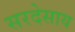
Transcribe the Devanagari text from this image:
सरदेसाय